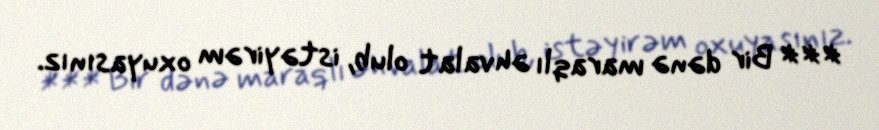
*** Bir dənə maraqlı əhvalat olub, istəyirəm oxuyasınız.